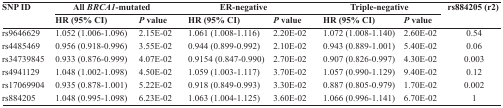
| <ROWSPAN=2> SNP ID | <COLSPAN=2> All BRCA1-mutated | <COLSPAN=2> ER-negative | <COLSPAN=2> Triple-negative | <ROWSPAN=2> rs884205 (r2) |
 | HR (95% CI) | P value | HR (95% CI) | P value | HR (95% CI) | P value |
 | --- | --- | --- | --- | --- | --- | --- | --- |
 | rs9646629 | 1.052 (1.006-1.096) | 2.15E-02 | 1.061 (1.008-1.116) | 2.20E-02 | 1.072 (1.008-1.140) | 2.60E-02 | 0.54 |
 | rs4485469 | 0.956 (0.918-0.996) | 3.55E-02 | 0.944 (0.899-0.992) | 2.10E-02 | 0.943 (0.889-1.001) | 5.40E-02 | 0.06 |
 | rs34739845 | 0.933 (0.876-0.999) | 4.07E-02 | 0.9154 (0.847-0.990) | 2.70E-02 | 0.907 (0.826-0.997) | 4.30E-02 | 0.003 |
 | rs4941129 | 1.048 (1.002-1.098) | 4.50E-02 | 1.059 (1.003-1.117) | 3.70E-02 | 1.057 (0.990-1.129) | 9.40E-02 | 0.12 |
 | rs17069904 | 0.935 (0.878-1.001) | 5.22E-02 | 0.918 (0.849-0.993) | 3.30E-02 | 0.887 (0.805-0.979) | 1.70E-02 | 0.002 |
 | rs884205 | 1.048 (0.995-1.098) | 6.23E-02 | 1.063 (1.004-1.125) | 3.60E-02 | 1.066 (0.996-1.141) | 6.70E-02 | 1 |